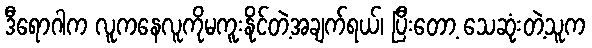
ဒီရောဂါက လူကနေလူကိုမကူးနိုင်တဲ့အချက်ရယ်၊ ပြီးတော့ သေဆုံးတဲ့သူက